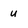
Character: u